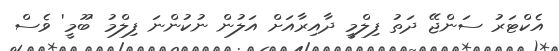
އެކްޓަރު ސަންޖޭ ދަތު ފިލްމީ ދާއިރާއަށް އަލުން ނުކުންނަ ފިލްމު 'ބޫމީ' ވެސް